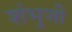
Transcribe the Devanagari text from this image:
शंभुजी